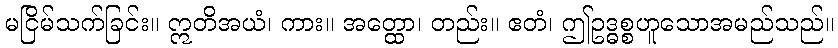
မငြိမ်သက်ခြင်း။ ဣတိအယံ၊ ကား။ အတ္ထော၊ တည်း။ ဧတံ၊ ဤဥဒ္ဓစ္စဟူသောအမည်သည်။